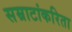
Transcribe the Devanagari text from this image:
सम्राटांकरिता